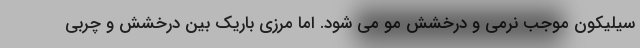
سیلیکون موجب نرمی و درخشش مو می شود. اما مرزی باریک بین درخشش و چربی